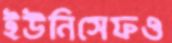
ইউনিসেফও